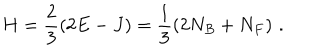
H = \frac { 2 } { 3 } \left( 2 E - J \right) = \frac { 1 } { 3 } \left( 2 N _ { B } + N _ { F } \right) \, .